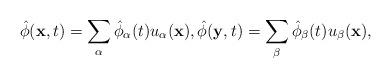
LaTeX: \begin{align*}\hat{\phi}({\bf x}, t) = \sum_{\alpha}\hat{\phi}_\alpha (t) u_\alpha ({\bf x}),\hat{\phi}({\bf y}, t) = \sum_{\beta}\hat{\phi}_\beta (t) u_\beta ({\bf x}),\end{align*}